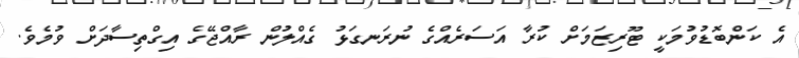
އެ ކަންބޮޑުވުމަކީ ޓޫރިޒަމަށް ކުރާ އަސަރެއްގެ ނުރަނގަޅު ގެއްލުން ރާއްޖޭގެ އިގްތިސާދަށް ވުމެވެ.